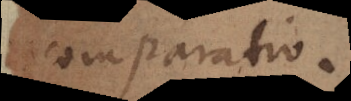
comparat